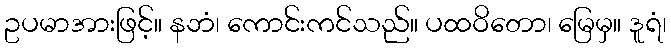
ဥပမာအားဖြင့်။ နဘံ၊ ကောင်းကင်သည်။ ပထဝိတော၊ မြေမှ။ ဒူရံ၊